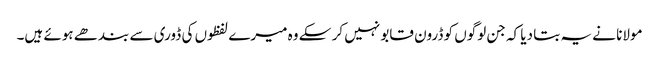
مولانا نے یہ بتا دیا کہ جن لوگوں کو ڈرون قابو نہیں کر سکے وہ میرے لفظوں کی ڈوری سے بندھے ہوئے ہیں۔